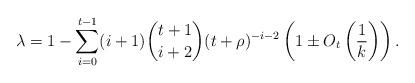
LaTeX: \begin{align*} \lambda = 1 - \sum_{i=0}^{t-1} (i+1) \binom{t+1}{i+2} (t+\rho)^{-i-2} \left(1 \pm O_t\left(\frac{1}{k}\right)\right).\end{align*}